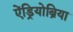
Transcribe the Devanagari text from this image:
ऐंड्रियोब्रिया